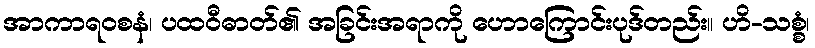
အာကာရဝစနံ၊ ပထဝီဓာတ်၏ အခြင်းအရာကို ဟောကြောင်းပုဒ်တည်း။ ဟိ-သစ္စံ၊